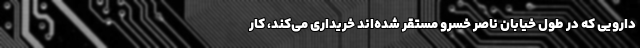
دارویی که در طول خیابان ناصر خسرو مستقر شده‌اند خریداری می‌کند، کار